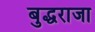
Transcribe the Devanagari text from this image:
बुद्धराजा